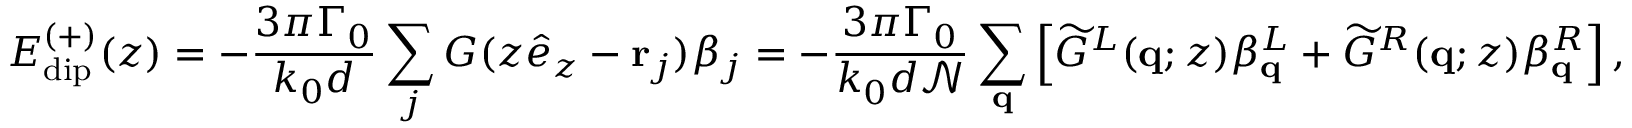
E _ { \mathrm { d i p } } ^ { ( + ) } ( z ) = - \frac { 3 \pi \Gamma _ { 0 } } { k _ { 0 } d } \sum _ { j } G ( z \hat { e } _ { z } - \mathbf { r } _ { j } ) \beta _ { j } = - \frac { 3 \pi \Gamma _ { 0 } } { k _ { 0 } d \mathcal { N } } \sum _ { \mathbf { q } } \left[ \widetilde { G } ^ { L } ( \mathbf q ; z ) \beta _ { \mathbf q } ^ { L } + \widetilde { G } ^ { R } ( \mathbf q ; z ) \beta _ { \mathbf q } ^ { R } \right] ,